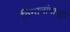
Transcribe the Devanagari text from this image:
विमानांपासून